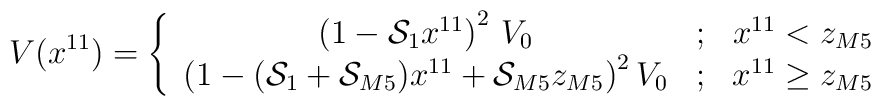
V(x^{11}) = \left\{ \begin{array}{ccc} \left(1-{\cal S}_1 x^{11}\right)^2\, V_0 & ; & x^{11} < z_{M5} \\ \big(1-({\cal S}_1+{\cal S}_{M5})x^{11}+{\cal S}_{M5} z_{M5}\big)^2\, V_0 & ; & x^{11}\ge z_{M5} \end{array} \right.